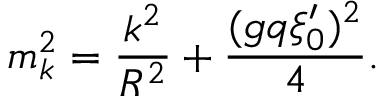
m _ { k } ^ { 2 } = { \frac { k ^ { 2 } } { R ^ { 2 } } } + { \frac { ( g q \xi _ { 0 } ^ { \prime } ) ^ { 2 } } { 4 } } .